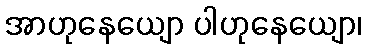
အာဟုနေယျော ပါဟုနေယျော၊